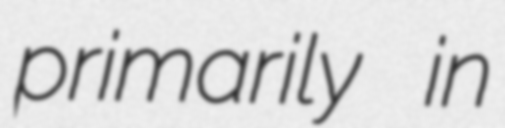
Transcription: primarily in